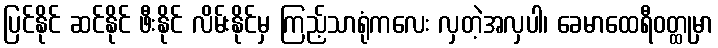
ပြင်နိုင် ဆင်နိုင် ဖီးနိုင် လိမ်းနိုင်မှ ကြည့်သာရုံကလေး လှတဲ့အလှပါ၊ ခေမာထေရီဝတ္ထုမှာ